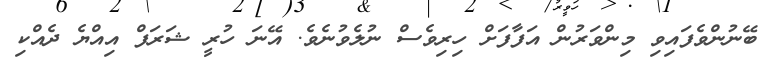
ބޭނުންވެފައިވި މިންވަރުން އަފާފަށް ހިރިވެސް ނުލެވުނެވެ. އޭނަ ހުރީ ޝަރަފް އިއްޔެ ދެއްކި